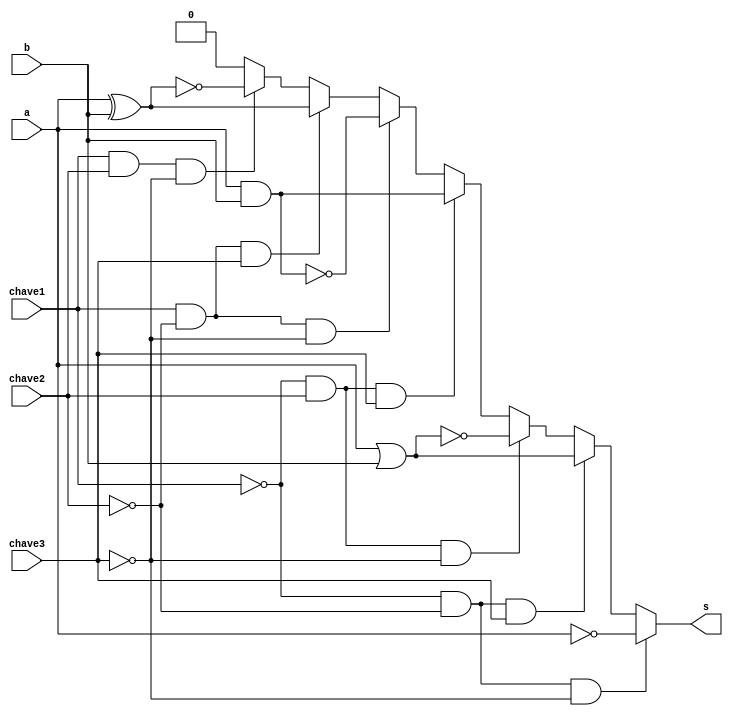
// --------------------- 
// Exercicio0035
// Nome: Marcio Enio G Dutra Junior 
// --------------------- 
 
// ------------------------- 
//  f4_gate 
// ------------------------- 
module f4 (output s, input a, input b, input chave1, input chave2, input chave3); 
	wire s0; 
	wire s1; 
	wire s2;
	wire s3;
	wire s4;
	wire s5;
	wire s6;
	
	not(s0, a);
	or or1(s1, a, b);
	nor nor1(s2, a, b);
	and and1(s3, a, b);
	nand nand1(s4, a, b);
	xor xor1(s5, a, b);
	xnor xnor1(s6, a, b);

	assign s = (~chave1 & ~chave2 & ~chave3)? s0:(~chave1 & ~chave2 & chave3)? s1:(~chave1 & chave2 & ~chave3)? s2:(~chave1 & chave2 & chave3)? s3:
	(chave1 & ~chave2 & ~chave3)? s4: (chave1 & ~chave2 & chave3)? s5: (chave1 & chave2 & ~chave3)? s6 : 0;

endmodule // f4 
 
module test_f4; 
// ------------------------- definir dados 
       reg x; 
       reg y; 
       wire z; 
		 reg chave1;
		 reg chave2;
		 reg chave3;
 
       f4 modulo (z, x, y, chave1,chave2,chave3); 
 
// ------------------------- parte principal 
 
   initial begin 
         $display("Exemplo0035 - Marcio Enio G Dutra Junior - 441698"); 
         $display("Test LU's module"); 
			
			  chave1 = 0; chave2 = 0; chave3 = 0;
           x = 1'b0;       y = 1'b0; 
 
   // projetar testes do modulo 
		  $display("NOT A");
   #1   $monitor("%3b %3b = %3b \tC1:%3b C2:%3b C3:%3b",x,y,z,chave1,chave2,chave3); 
	#1   x = 1'b0;  y = 1'b1; 
	#1   x = 1'b1;  y = 1'b0;
	#1   x = 1'b1;  y = 1'b1;
		  $display("OR");
	chave1 = 0; chave2 = 0; chave3 = 1;
	#1   x = 1'b0;  y = 1'b0;
	#1   x = 1'b0;  y = 1'b1; 
	#1   x = 1'b1;  y = 1'b0;
	#1   x = 1'b1;  y = 1'b1;
		  $display("NOR");
	chave1 = 0; chave2 = 1; chave3 = 0;
	#1   x = 1'b0;  y = 1'b0;
	#1   x = 1'b0;  y = 1'b1; 
	#1   x = 1'b1;  y = 1'b0;
	#1   x = 1'b1;  y = 1'b1;
		  $display("AND");
	chave1 = 0; chave2 = 1; chave3 = 1;
	#1   x = 1'b0;  y = 1'b0;
	#1   x = 1'b0;  y = 1'b1; 
	#1   x = 1'b1;  y = 1'b0;
	#1   x = 1'b1;  y = 1'b1;
		  $display("NAND");
	chave1 = 1; chave2 = 0; chave3 = 0;
	#1   x = 1'b0;  y = 1'b0;
	#1   x = 1'b0;  y = 1'b1; 
	#1   x = 1'b1;  y = 1'b0;
	#1   x = 1'b1;  y = 1'b1;
		  $display("XOR");
	chave1 = 1; chave2 = 0; chave3 = 1;
	#1   x = 1'b0;  y = 1'b0;
	#1   x = 1'b0;  y = 1'b1; 
	#1   x = 1'b1;  y = 1'b0;
	#1   x = 1'b1;  y = 1'b1;
		  $display("XNOR");
	chave1 = 1; chave2 = 1; chave3 = 0;
	#1   x = 1'b0;  y = 1'b0;
	#1   x = 1'b0;  y = 1'b1; 
	#1   x = 1'b1;  y = 1'b0;
	#1   x = 1'b1;  y = 1'b1;
 
   end 
 
endmodule // test_f4